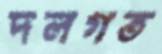
দলগত